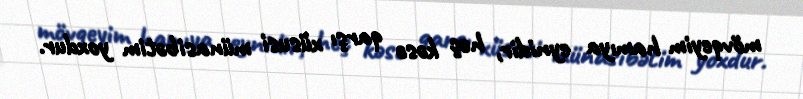
mövqeyim hamıya eynidir, heç kəsə qarşı xüsusi münasibətim yoxdur.